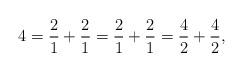
LaTeX: \begin{align*}4 = \frac{2}{1} + \frac{2}{1} = \frac{2}{1} + \frac{2}{1} = \frac{4}{2} + \frac{4}{2}, \end{align*}